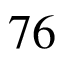
7 6